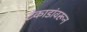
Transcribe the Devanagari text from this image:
टेकाडांवरून